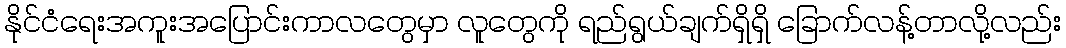
နိုင်ငံရေးအကူးအပြောင်းကာလတွေမှာ လူတွေကို ရည်ရွယ်ချက်ရှိရှိ ခြောက်လန့်တာလို့လည်း